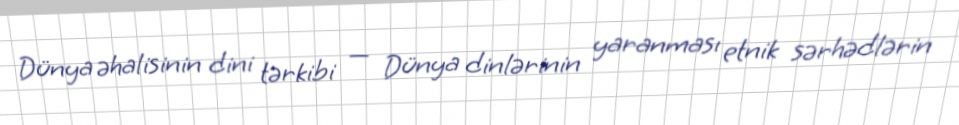
Dünya əhalisinin dini tərkibi — Dünya dinlərinin yaranması etnik sərhədlərin